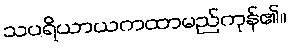
သပရိယာယကထာမည်ကုန်၏။